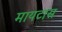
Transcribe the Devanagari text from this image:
मायटास